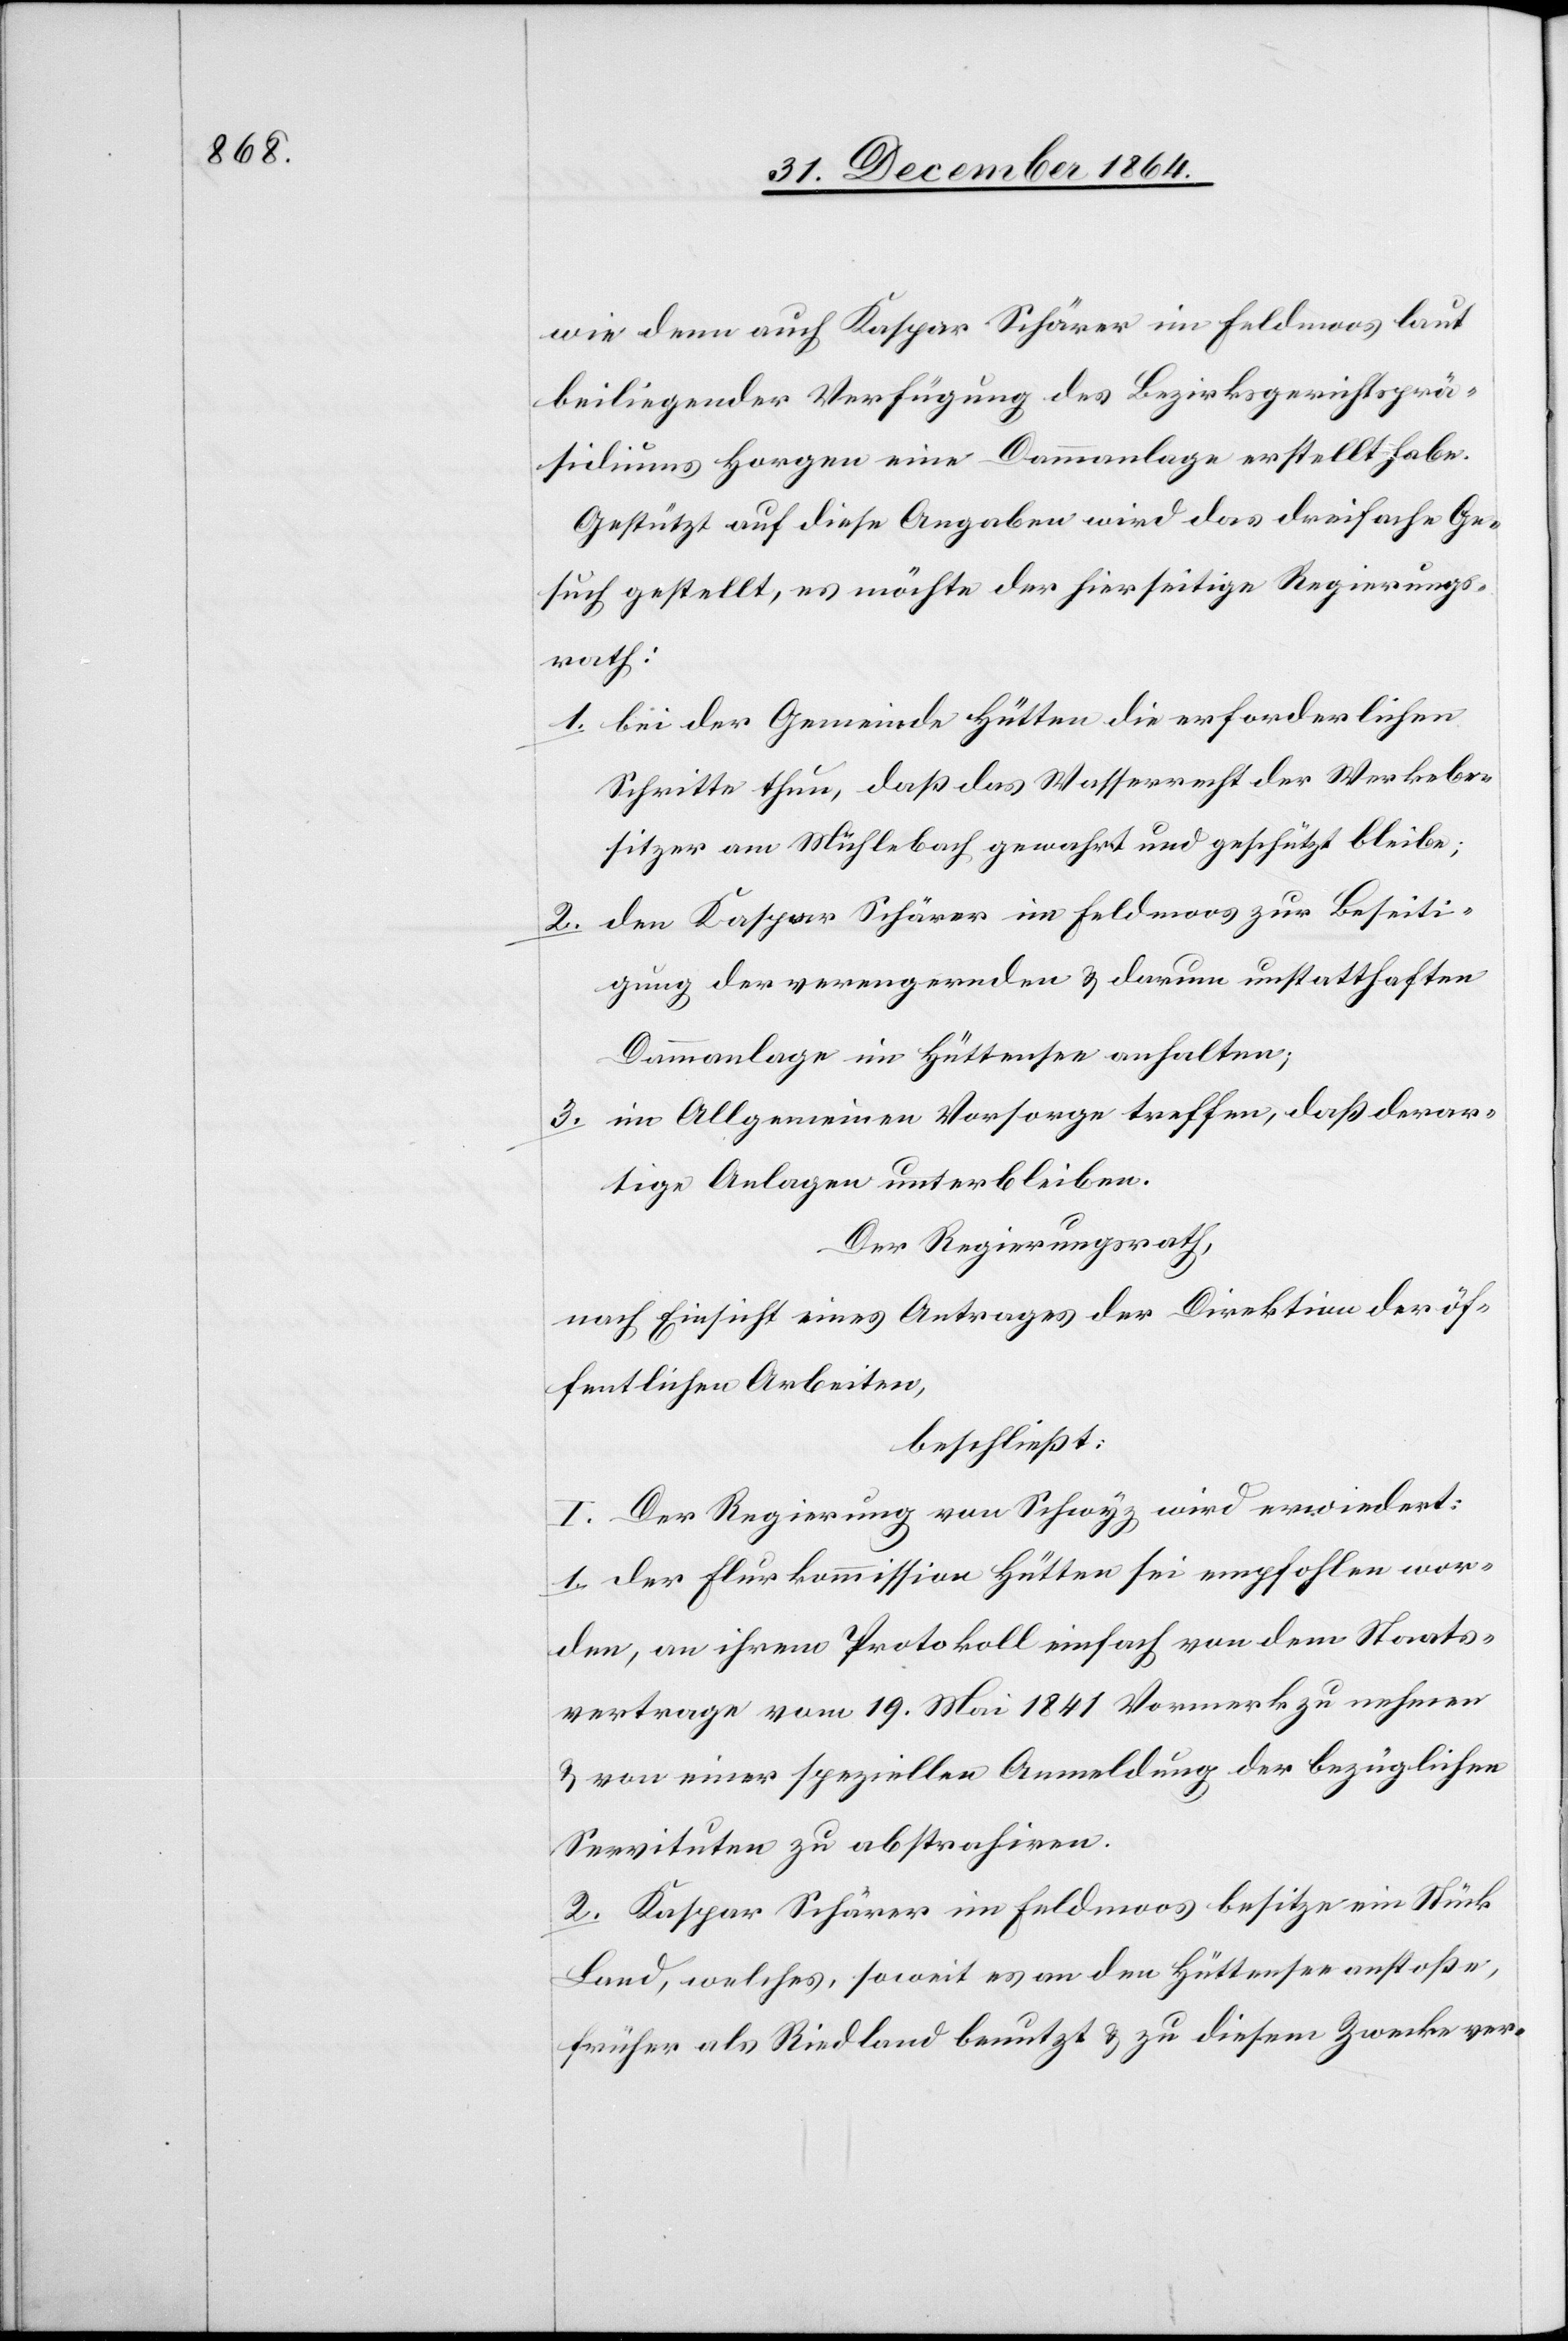
wie auch Kaspar Schärer im Feldmoos laut
beiliegender Verfügung des Bezirksgerichtsprä¬
sidiums Horgen eine Dammanlage erstellt habe.
Gestützt auf diese Angaben wird das dreifache Ge¬
such gestellt, es möchte der hierseitige Regierungs¬
rath:
1. bei der Gemeinde Hütten die erforderlichen
Schritte thun, daß das Wasserrecht der Werkebe¬
sitzer am Mühlebach gewahrt und geschützt bleibe;
2. den Kaspar Schärer im Feldmoos zur Beseiti¬
gung der verengernden & darum unstatthaften
Dammanlage im Hüttensee anhalten;
3. im Allgemeinen Vorsorge treffen, daß derar¬
tige Anlagen unterbleiben.
Der Regierungsrath,
nach Einsicht eines Antrages der Direktion der öf¬
fentlichen Arbeiten,
beschließt:
I. Der Regierung von Schwyz wird erwiedert:
1. Der Flurkommission Hütten sei empfohlen wor¬
den, an ihrem Protokoll einfach von dem Staats¬
vertrage vom 19. Mai 1841 Vormerk zu nehmen
& von einer speziellen Anmeldung der bezüglichen
Servituten zu abstrahiren.
2. Kaspar Schärer im Feldmoos besitze ein Stück
Land, welches, soweit es an den Hüttensee anstoße,
früher als Riedland benutzt & zu diesem Zwecke ver-